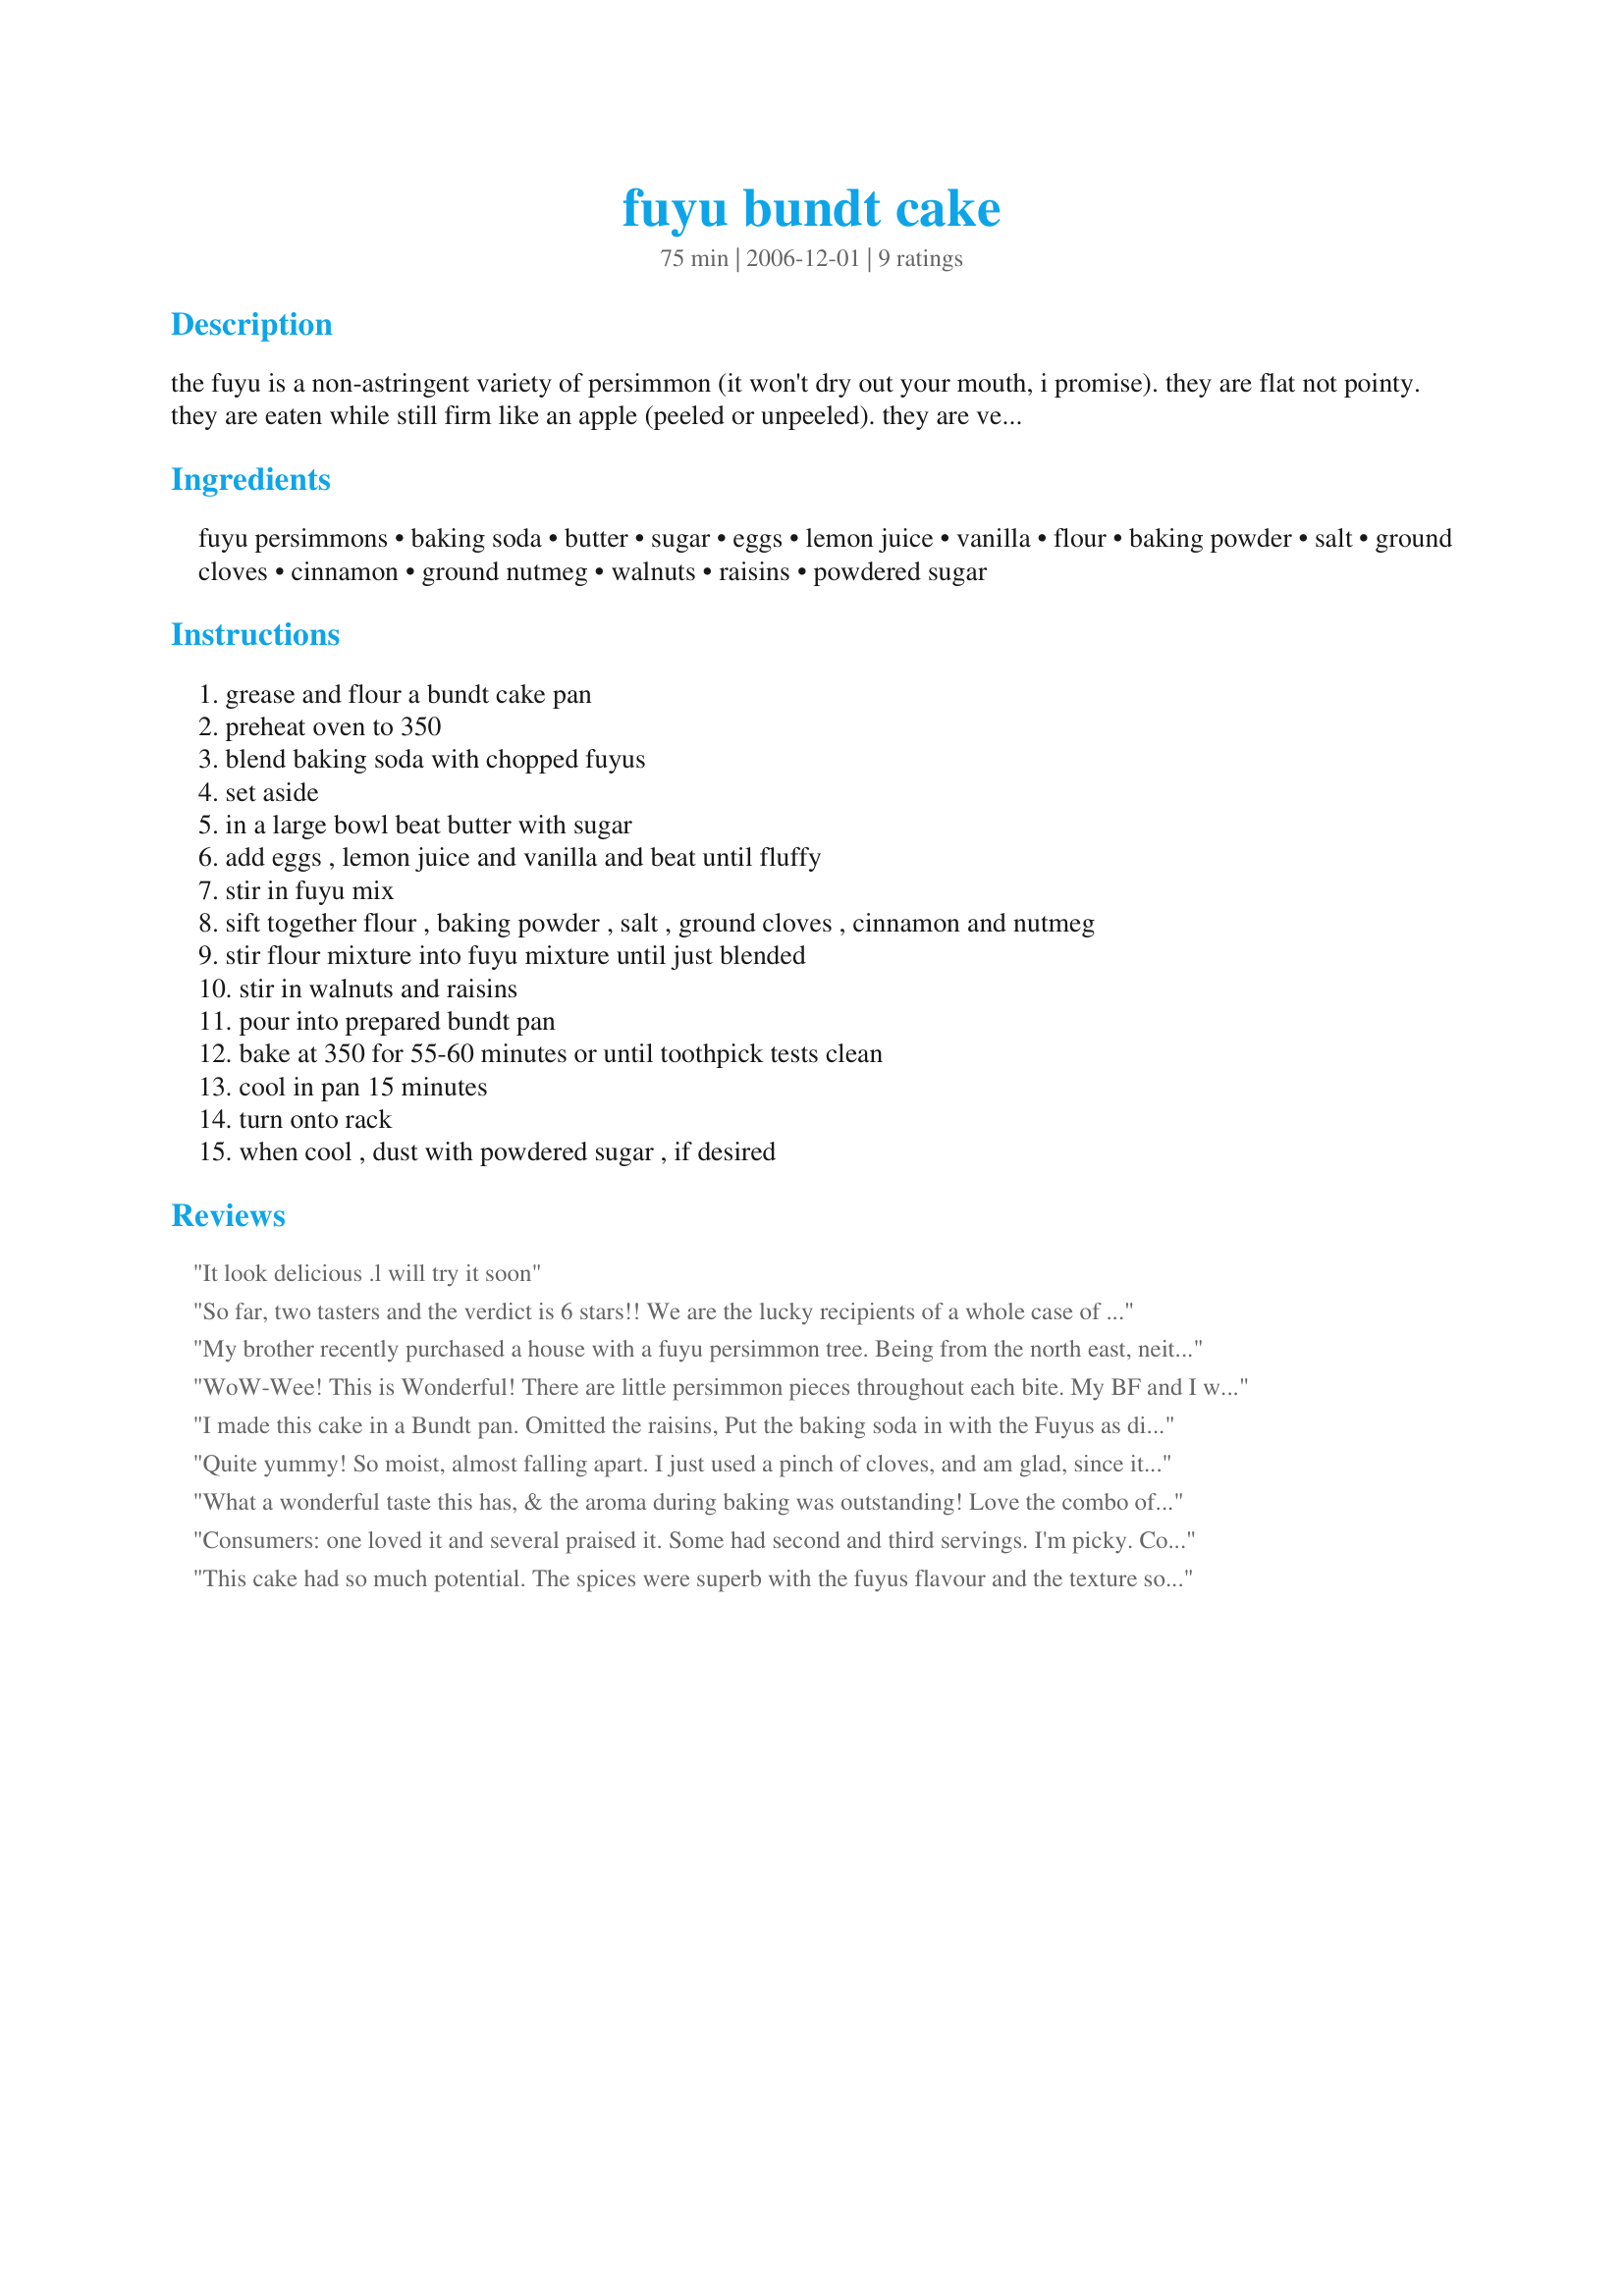
fuyu bundt cake
Preparation time: 75 minutes

the fuyu is a non-astringent variety of persimmon (it won't dry out your mouth, i promise). they are flat not pointy. they are eaten while still firm like an apple (peeled or unpeeled). they are very sweet and creamy and slightly spicy. i love them! most recipes made with them are salads, salsas and chutneys. this is one of the only baking recipes i've found. it is from an old sunset magazine. it turned out wonderful! the clove taste is dominent but i liked it. it was good hot out of the oven but even better the next day. i'm going to try more baking with this type of persimmon in recipes that use apples. *next time i make it, i think i'll try adding 1-2 tbsp of orange zest and perhaps an orange glaze. this should work in 2 loaf pans as well. *i've never had a problem with this recipe mixing the baking soda with the fuyus, as it says, but if you're wary of the same thing happening to you that happened to lalaloula, add the baking soda to the dry ingredients.

Ingredients:
fuyu persimmons, baking soda, butter, sugar, eggs, lemon juice, vanilla, flour, baking powder, salt, ground cloves, cinnamon, ground nutmeg, walnuts, raisins, powdered sugar

Steps:
grease and flour a bundt cake pan, preheat oven to 350, blend baking soda with chopped fuyus, set aside, in a large bowl beat butter with sugar, add eggs , lemon juice and vanilla and beat until fluffy, stir in fuyu mix, sift together flour , baking powder , salt , ground cloves , cinnamon and nutmeg, stir flour mixture into fuyu mixture until just blended, stir in walnuts and raisins, pour into prepared bundt pan, bake at 350 for 55-60 minutes or until toothpick tests clean, cool in pan 15 minutes, turn onto rack, when cool , dust with powdered sugar , if desired

Reviews:
It look delicious .l will try it soon
So far, two tasters and the verdict is 6 stars!! We are the lucky recipients of a whole case of fuyu--so I immediately looked for a recipe and what a happy choice I made! I followed the directions precisely, only omitting the walnuts. I baked the cake as four mini loaves, so the person who brought the fruit could take one home In this smll form, they only needed to bake about 30 minutes. I used fresh ground cloves and nutmeg and the house smells simply wonderful. The persimmon, which seemed quite firm when I chopped it, practically disappeared into the cake, leaving a texture similar to that of applesauce cake. Truly a lovely recipe. Thanks, Engrossed.
My brother recently purchased a house with a fuyu persimmon tree. Being from the north east, neither of us have much persimmon experience. I made this recipe using fruit from his tree. It turned out great. He did not have a bunt pan so we did one loaf and 5 large muffins. There was not much taste from the fruit but the spices and raisins were tasty. The fruit provided nice texture and moisture to the cake.
WoW-Wee! This is Wonderful! There are little persimmon pieces throughout each bite. My BF and I were fighting over the last pieces.I thought about adding a glaze, but it was so flavorful that it did not need it. I'm keeping this recipe and will make it every persimmon season!
I made this cake in a Bundt pan. Omitted the raisins, Put the baking soda in with the Fuyus as directed . Used cinnamon and pumpkin pie spice (large amount), Everything else I did as the recipe was written. It was delicious. I always thought that you were supposed to wait till the persimmons were soft to eat them raw. You learn something new everyday. My husband said it was wonderful.. Next time it might turn out different as I am known to make changes to recipes.
Quite yummy! So moist, almost falling apart. I just used a pinch of cloves, and am glad, since it still had plenty of spice for us. Also used oil instead of butter. I might cut the sugar back a little bit next time. The persimmons totally transform once cooked (you might think they were apples). It took me almost 5 fuyus to make up 3 cups chopped. The pecans are perfect in this. Very enjoyable!
What a wonderful taste this has, & the aroma during baking was outstanding! Love the combo of nutmeg, cinnamon & cloves! I did opt to include the baking soda with the other dry ingredients, & also included your tip on adding some orange zest! One loaf is gone already, & the other one will be sliced & included (for the 24th & 25th) on a platter with several other cakes, including a dark & a light fruitcake! Thanks so much for this exceptional taste treat! [Tagged & made in Please Review My Recipe]
Consumers: one loved it and several praised it. Some had second and third servings. I'm picky. Cons: To me, this was a generically sweet dessert I could not taste the persimmon the spices were too strong &amp; dominated the dish Pros: texture was lovely not too oily the high level of sugar gave the top edges a lovely crispness I think to improve this I'd cut the nutmeg &amp; cloves and lessen the sugar (maybe sprinkle some on top for the crisp feeling,) and possibly add some persimmon (but then you'd have to mess with the moisture to accommodate.) Also, I like to add a little lemon zest to fruity desserts - it doesn't overrule the main fruit flavor.
This cake had so much potential. The spices were superb with the fuyus flavour and the texture so moist and soft. However I had a big problem with the baking soda coming through way too strongly. I could not finish my slice of cake as it was too soday. Im not sure how this could happen as others seemingly did not encounter this problem following your recipe. Im sorry, I really liked the idea of this cake.<br/>Thank you so much for sharing this unique recipe with us, Engrossed.<br/>Made and reviewed for PRMR November 2010.
